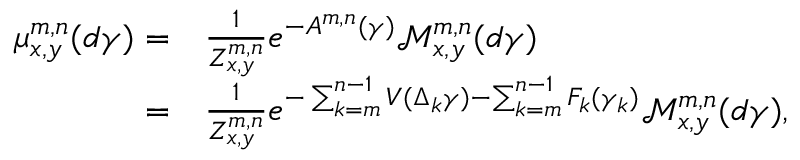
\begin{array} { r l } { \mu _ { x , y } ^ { m , n } ( d \gamma ) = } & { \frac { 1 } { Z _ { x , y } ^ { m , n } } e ^ { - A ^ { m , n } ( \gamma ) } \mathcal { M } _ { x , y } ^ { m , n } ( d \gamma ) } \\ { = } & { \frac { 1 } { Z _ { x , y } ^ { m , n } } e ^ { - \sum _ { k = m } ^ { n - 1 } V ( \Delta _ { k } \gamma ) - \sum _ { k = m } ^ { n - 1 } F _ { k } ( \gamma _ { k } ) } \mathcal { M } _ { x , y } ^ { m , n } ( d \gamma ) , } \end{array}